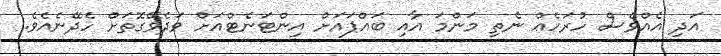
އަދި އެއްވެސް ހުރަހެއް ނެތި މަންމަ އާއި ބައްޕައަށް އިންޓަނެޓްއަށް ވަދެވޭގޮތަށް ހެދޭނެއެވެ.